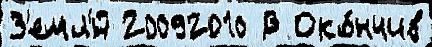
З'емл'́й 20092010 В Око́нчив